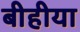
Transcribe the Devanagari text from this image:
बीहीया